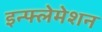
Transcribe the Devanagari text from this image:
इन्फ्लेमेशन